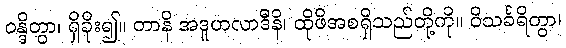
ဝန္ဒိတွာ၊ ရှိခိုး၍။ တာနိ အဒူဟလာဒီနိ၊ ထိုဖိအစရှိသည်တို့ကို။ ဝိသင်္ခရိတွာ၊